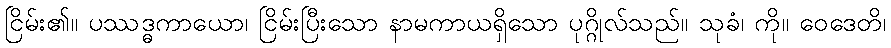
ငြိမ်း၏။ ပဿဒ္ဓကာယော၊ ငြိမ်းပြီးသော နာမကာယရှိသော ပုဂ္ဂိုလ်သည်။ သုခံ၊ ကို။ ဝေဒေတိ၊